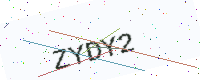
Text: ZYDY2